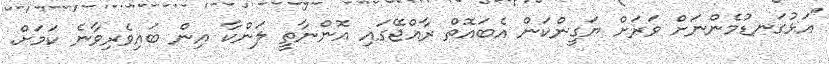
"އަޅުގަނޑުމެންނަށް ވަރަށް ޔަގީންކަން އެބައޮތް ރާއްޖޭގައި އޮންނާތީ ލަންކާ އިން ބައިވެރިވާނެ ކަމަށް.